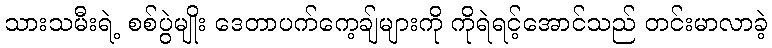
သားသမီးရဲ့ စစ်ပွဲမျိုး ဒေတာပက်ကေ့ချ်များကို ကိုရဲရင့်အောင်သည် တင်းမာလာခဲ့